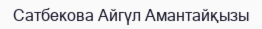
Сатбекова Айгүл Амантайқызы